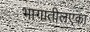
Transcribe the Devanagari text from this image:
भागातीलएका